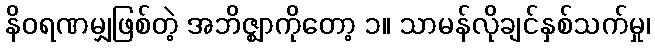
နိဝရဏမျှဖြစ်တဲ့ အဘိဇ္ဈာကိုတော့ ၁။ သာမန်လိုချင်နှစ်သက်မှု၊